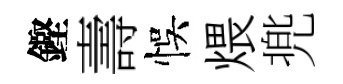
鏗壽悞煨兠